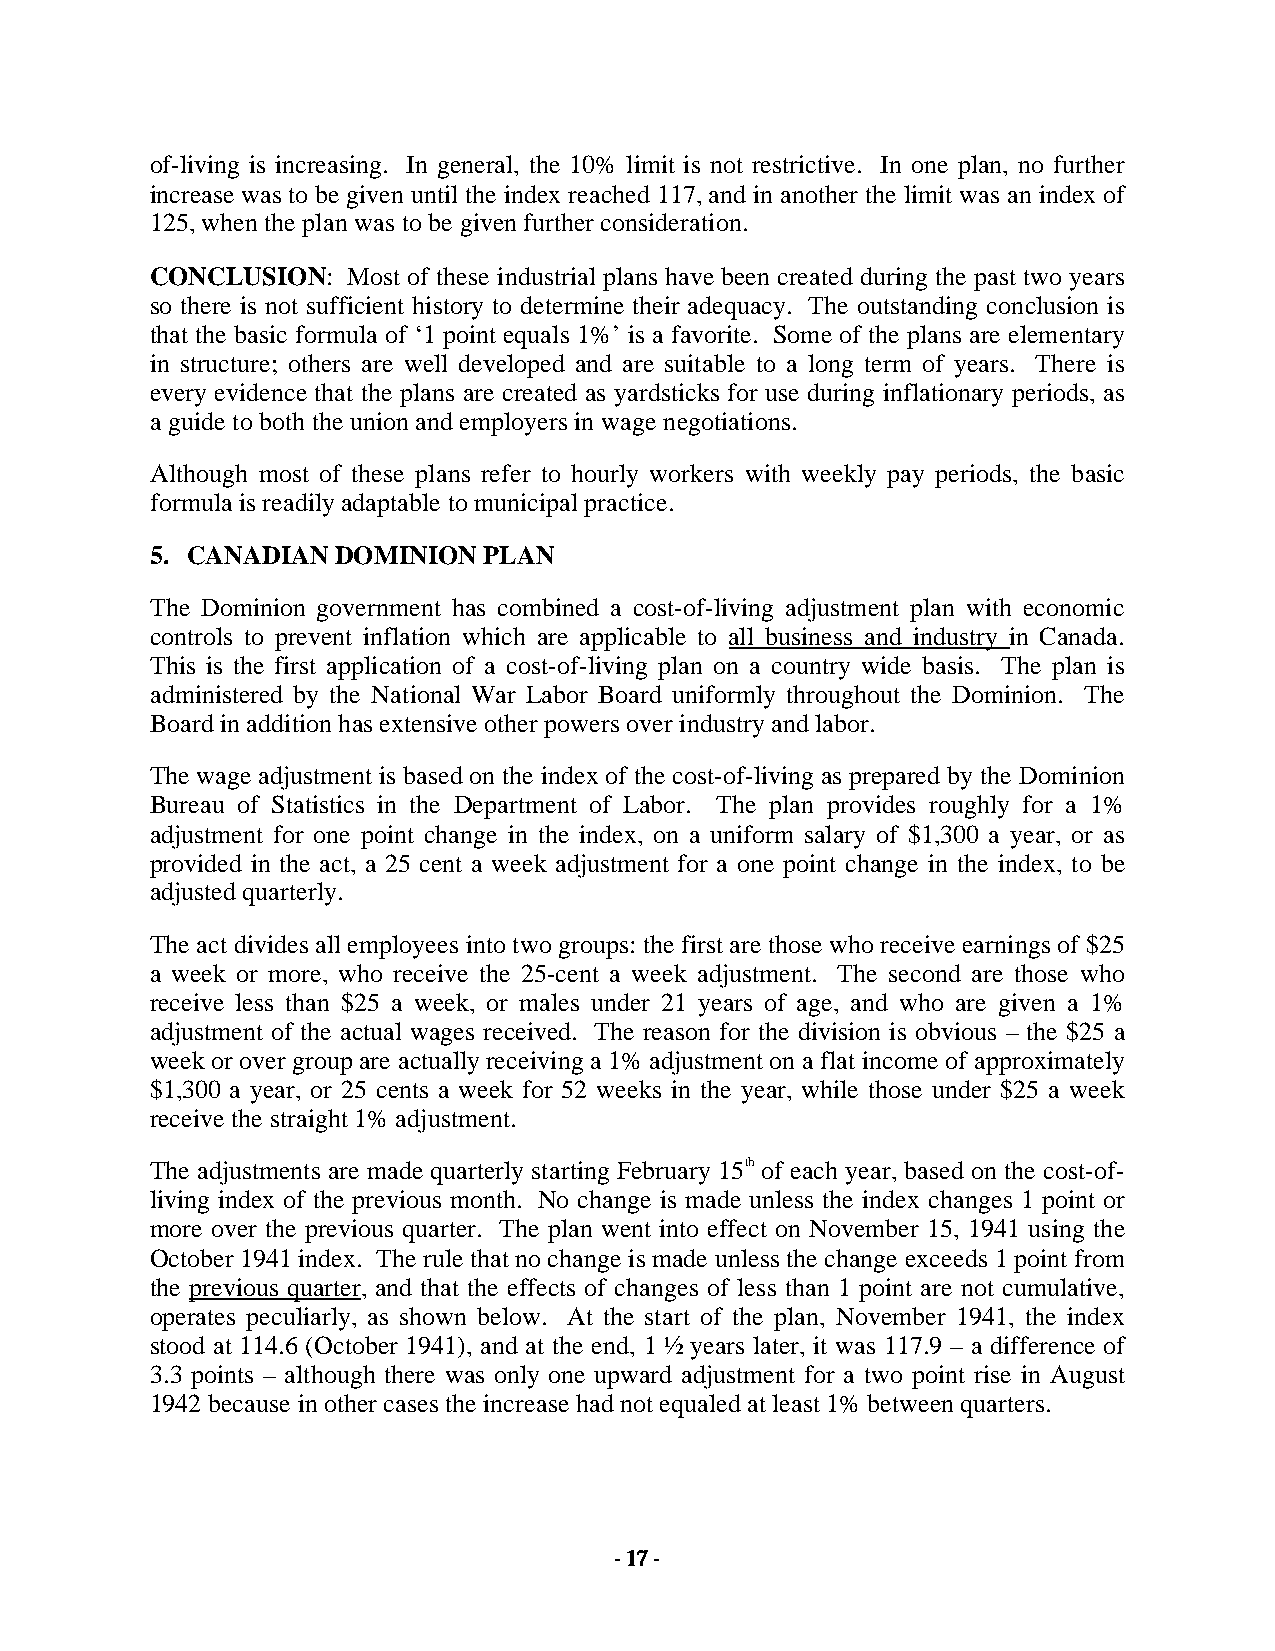
of-living is increasing. In general, the 10% limit is not restrictive. In one plan, no further
 increase was to be given until the index reached 117, and in another the limit was an index of
 125, when the plan was to be given further consideration.
 CONCLUSION:  Most of these industrial plans have been created during the past two years
 so there is not sufficient history to determine their adequacy. The outstanding conclusion is
 that the basic formula of ‘1 point equals 1%’ is a favorite. Some of the plans are elementary
 in structure; others are well developed and are suitable to a long term of years. There is
 every evidence that the plans are created as yardsticks for use during inflationary periods, as
 a guide to both the union and employers in wage negotiations.
 Although most of these plans refer to hourly workers with weekly pay periods, the basic
 formula is readily adaptable to municipal practice.
 5. CANADIAN DOMINION  PLAN
 The Dominion government has combined a cost-of-living adjustment plan with economic
 controls to prevent inflation which are applicable to all business and industry in Canada.
 This is the first application of a cost-of-living plan on a country wide basis. The plan is
 administered by the National War Labor Board uniformly throughout the Dominion. The
 Board in addition has extensive other powers over industry and labor.
 The wage adjustment is based on the index of the cost-of-living as prepared by the Dominion
 Bureau of Statistics in the Department of Labor. The plan provides roughly for a 1%
 adjustment for one point change in the index, on a uniform salary of $1,300 a year, or as
 provided in the act, a 25 cent a week adjustment for a one point change in the index, to be
 adjusted quarterly.
 The act divides all employees into two groups: the first are those who receive earnings of $25
 a week or more, who receive the 25-cent a week adjustment. The second are those who
 receive less than $25 a week, or males under 21 years of age, and who are given a 1%
 adjustment of the actual wages received. The reason for the division is obvious – the $25 a
 week or over group are actually receiving a 1% adjustment on a flat income of approximately
 $1,300 a year, or 25 cents a week for 52 weeks in the year, while those under $25 a week
 receive the straight 1% adjustment.
 The adjustments are made quarterly starting February 15th of each year, based on the cost-of-
 living index of the previous month. No change is made unless the index changes 1 point or
 more over the previous quarter. The plan went into effect on November 15, 1941 using the
 October 1941 index. The rule that no change is made unless the change exceeds 1 point from
 the previous quarter, and that the effects of changes of less than 1 point are not cumulative,
 operates peculiarly, as shown below. At the start of the plan, November 1941, the index
 stood at 114.6 (October 1941), and at the end, 1 ½ years later, it was 117.9 – a difference of
 3.3 points – although there was only one upward adjustment for a two point rise in August
 1942 because in other cases the increase had not equaled at least 1% between quarters.
 - 17 -